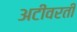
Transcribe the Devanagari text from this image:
अटींवरती